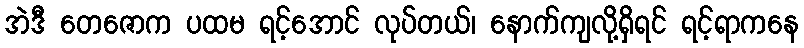
အဲဒီ တေဇောက ပထမ ရင့်အောင် လုပ်တယ်၊ နောက်ကျလို့ရှိရင် ရင့်ရာကနေ